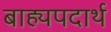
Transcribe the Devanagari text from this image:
बाह्यपदार्थ